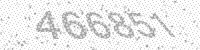
Solution: 466851